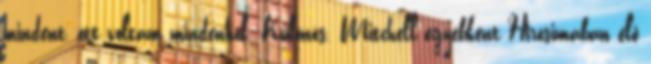
mindent, ott voltam mindenhol. Különös. Mitchell egyébként Hirosimában élő